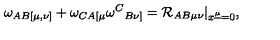
\omega _ { A B [ \mu , \nu ] } + \omega _ { C A [ \mu } \omega ^ { C } { } _ { B \nu ] } = { \cal R } _ { A B \mu \nu } | _ { x ^ { \underline { \mu } } = 0 } ,